Medical and sanitary report on the native army of Bombay for the year
Year: 1878
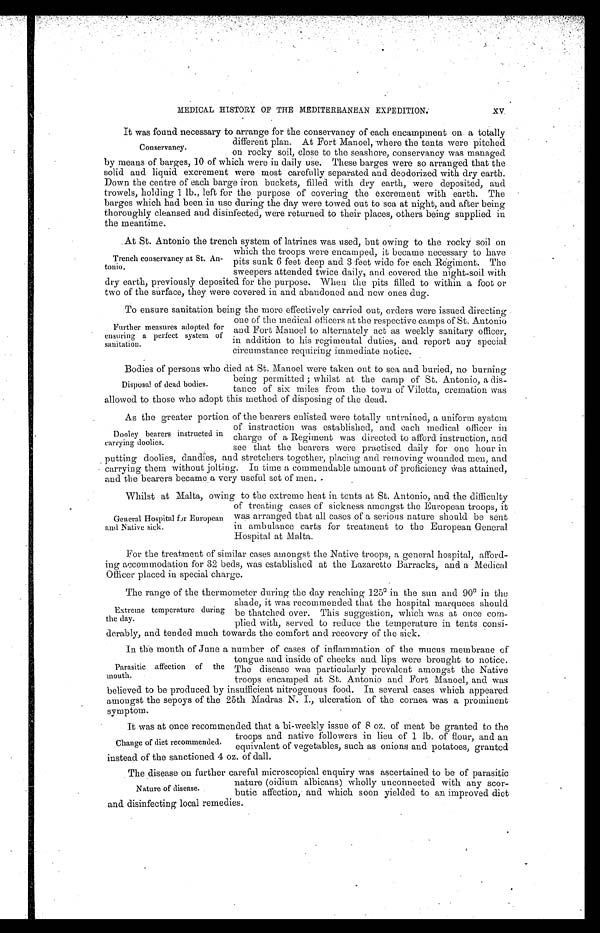
MEDICAL HISTORY OF THE MEDITERRANEAN EXPEDITION.
It was found necessary to arrange for the conservancy of each encampment on a totally
different plan. At Fort Manoel, where the tents were pitched
on rocky soil, close to the seashore, conservancy was managed
by means of barges, 10 of which were in daily use. These barges were so arranged that the
solid and liquid excrement were most carefully separated and deodorized with dry earth.
Down the centre of each barge iron buckets, filled with dry earth, were deposited, and
trowels, holding 1 lb., left for the purpose of covering the excrement with earth. The
barges which had been in use during the day were towed out to sea at night, and after being
thoroughly cleansed and disinfected, were returned to their places, others being supplied in
the meantime.
At St. Antonio the trench system of latrines was used, but owing to the rocky soil on
XV
Conservancy.
Trench conservancy at St. An-
tonio.
which the troops were encamped, it became necessary to have
pits sunk 6 feet deep and 3 feet wide for each Regiment. The
sweepers attended twice daily, and covered the night-soil with
dry earth, previously deposited for the purpose. When the pits filled to within a foot or
two of the surface, they were covered in and abandoned and new ones dug.
To ensure sanitation being the more effectively carried out, orders were issued directing
one of the medical officers at the respective camps of St. Antonio
and Fort Manoel to alternately act as weekly sanitary officer,
in addition to his regimental duties, and report any special
circumstance requiring immediate notice.
Bodies of persons who died at St. Manoel were taken out to sea and buried, no burning
Further measures adopted for
ensuring a perfect system of
sanitation.
Disposal. of dead bodies.
being permitted; whilst at the camp of St. Antonio, a dis-
tance of six miles from the town of Viletta. cremation was
allowed to those who adopt this method of disposing of the dead.
As the greater portion of the bearers enlisted were totally untrained, a uniform system
Dooley bearers instructed in
carrying doolies.
of instruction was established, and each medical officer in
charge of a Regiment was directed to afford instruction, and
see that the bearers were practised daily for one hour in
putting doolies, dandies, and stretchers together, placing and removing wounded men, and
carrying them without jolting. In time a commendable amount of proficiency was attained,
and the bearers became a very useful set of men.
Whilst at Malta, owing to the extreme heat in tents at St. Antonio, and the difficulty
General Hospital for European
and Native sick.
of treating cases of sickness amongst the European troops, it
was arranged that all cases of a serious nature should be sent
in ambulance carts for treatment to the European General
Hospital at Malta.
For the treatment of similar cases amongst the Native troops, a general hospital, afford
ing accommodation for 32 beds, was established at the Lazaretto Barracks, and a Medical
Officer placed in special charge.
The range of the thermometer during the day reaching 125° in the sun and 90° in the
Extreme temperature during
the day.
shade, it was recommended that the hospital marquees should
be thatched over. This suggestion, which was at once com
plied with, served to reduce the temperature in tents consi
derably, and tended much towards the comfort and recovery of the sick.
In the month of June a number of cases of inflammation of the mucus membrane of
Parasitic affection of the
mouth.
tongue and inside of cheeks and lips were brought to notice.
The disease was particularly prevalent amongst the Native
troops encamped at St. Antonio and Fort Manoel, and was
believed to be produced by insufficient nitrogenous food. In several cases which appeared
amongst the sepoys of the 25th Madras N. I., ulceration of the cornea was a prominent symptom.
It was at once recommended that a bi-weekly issue of 8 oz. of meat be granted to the
Change of diet recommended.
troops and native followers in lieu of 1 lb. of flour, and an
equivalent of vegetables, such as onions and potatoes, granted
instead of the sanctioned 4 oz. of dall.
The disease on further careful microscopical enquiry was ascertained to be of parasitic
nature (oidium albicans) wholly unconnected with any scor
butic affection, and which soon yielded to an improved diet
Nature of disease.
and disinfecting local remedies.